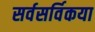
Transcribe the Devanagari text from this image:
सर्वसर्विकया